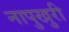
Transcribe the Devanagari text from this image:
नापुखुरी